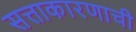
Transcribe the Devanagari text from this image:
सत्ताकारणाची